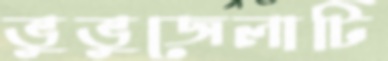
ভুভুজেলাটি